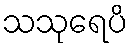
သသုရေပိ